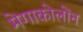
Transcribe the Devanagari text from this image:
मेगाकोलोंन